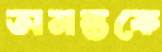
অনন্তকে